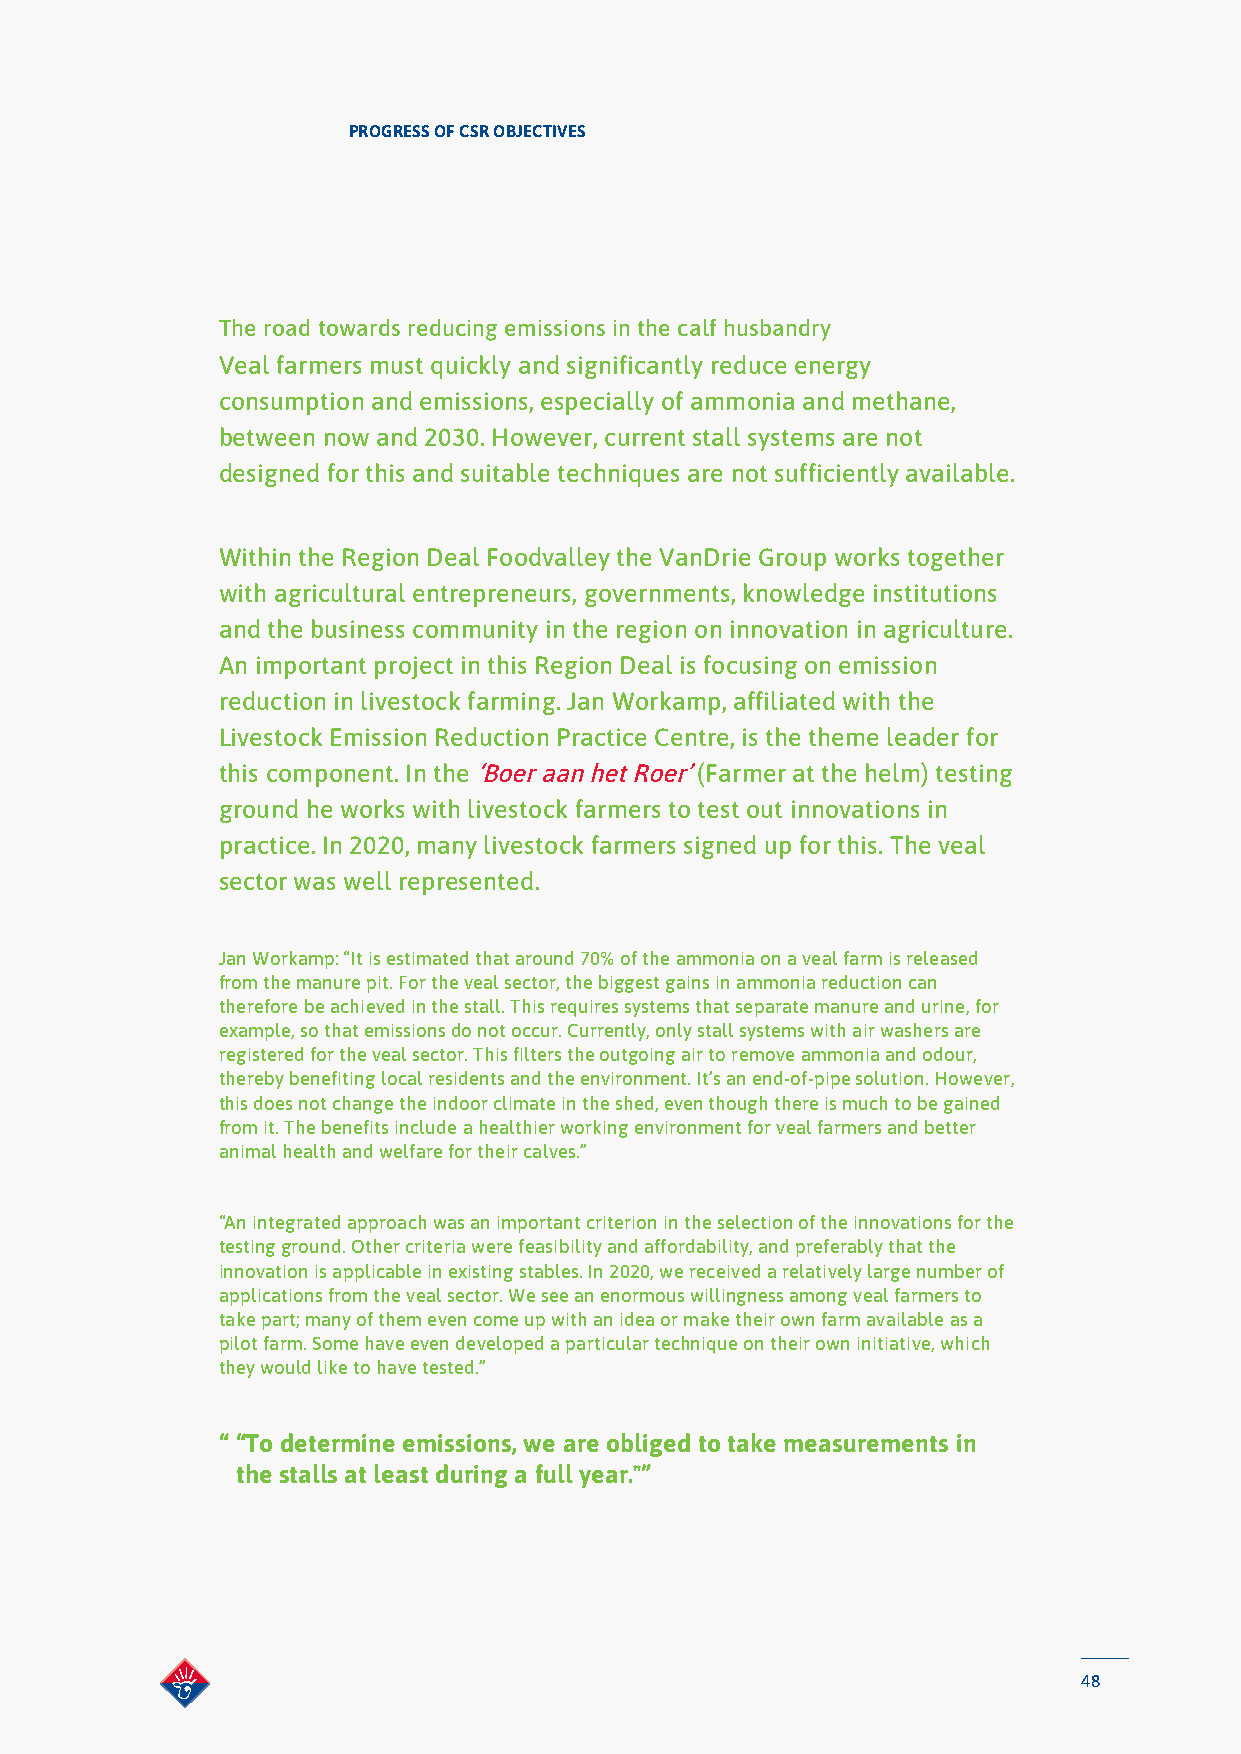
PROGRESS OF CSR OBJECTIVES
 The road towards reducing emissions in the calf husbandry
 Veal farmers must quickly and significantly reduce energy
 consumption and emissions, especially of ammonia and methane,
 between now and 2030. However, current stall systems are not
 designed for this and suitable techniques are not sufficiently available.
 Within the Region Deal Foodvalley the VanDrie Group works together
 with agricultural entrepreneurs, governments, knowledge institutions
 and the business community in the region on innovation in agriculture.
 An important project in this Region Deal is focusing on emission
 reduction in livestock farming. Jan Workamp, affiliated with the
 Livestock Emission Reduction Practice Centre, is the theme leader for
 this component. In the ‘Boer aan het Roer’ (Farmer at the helm) testing
 ground he works with livestock farmers to test out innovations in
 practice. In 2020, many livestock farmers signed up for this. The veal
 sector was well represented.
 Jan Workamp: “It is estimated that around 70% of the ammonia on a veal farm is released
 from the manure pit. For the veal sector, the biggest gains in ammonia reduction can
 therefore be achieved in the stall. This requires systems that separate manure and urine, for
 example, so that emissions do not occur. Currently, only stall systems with air washers are
 registered for the veal sector. This filters the outgoing air to remove ammonia and odour,
 thereby benefiting local residents and the environment. It’s an end-of-pipe solution. However,
 this does not change the indoor climate in the shed, even though there is much to be gained
 from it. The benefits include a healthier working environment for veal farmers and better
 animal health and welfare for their calves.”
 “An integrated approach was an important criterion in the selection of the innovations for the
 testing ground. Other criteria were feasibility and affordability, and preferably that the
 innovation is applicable in existing stables. In 2020, we received a relatively large number of
 applications from the veal sector. We see an enormous willingness among veal farmers to
 take part; many of them even come up with an idea or make their own farm available as a
 pilot farm. Some have even developed a particular technique on their own initiative, which
 they would like to have tested.”
 “ “To determine emissions, we are obliged to take measurements in
 the stalls at least during a full year."”
 48